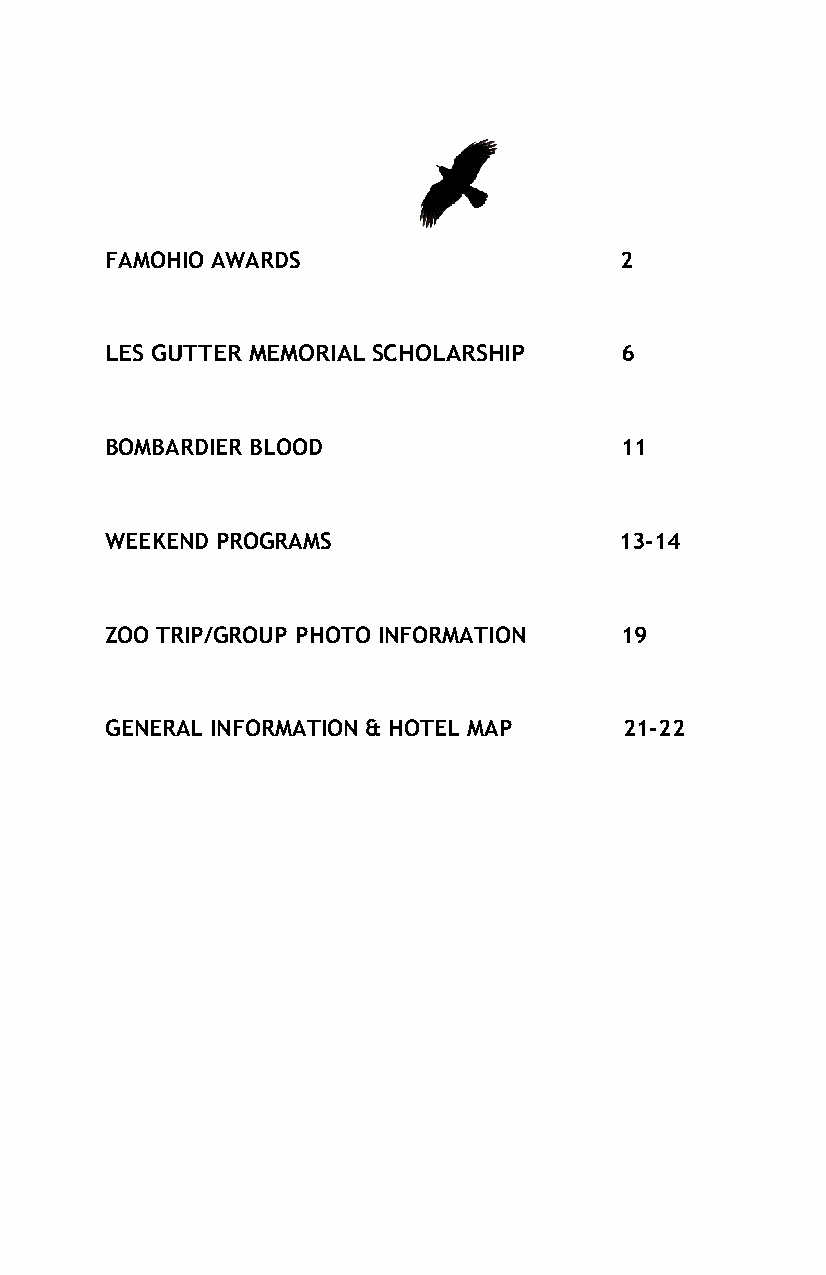
FAMOHIO AWARDS                    2
 LES GUTTER MEMORIAL SCHOLARSHIP   6
 BOMBARDIER BLOOD                  11
 WEEKEND PROGRAMS                  13-14
 ZOO TRIP/GROUP PHOTO INFORMATION  19
 GENERAL INFORMATION & HOTEL MAP   21-22